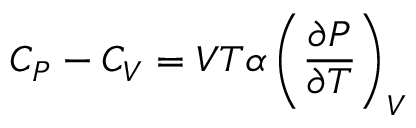
C _ { P } - C _ { V } = V T \alpha \left( { \frac { \partial P } { \partial T } } \right) _ { V }